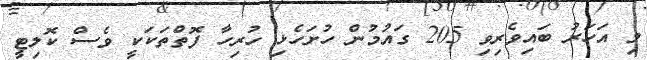
މި އަހަރު ބައިވެރިވި 205 ގައުމުން ހުށަހެޅި ހުރިހާ ފޮތްތަކަކީ ވެސް ކޮލިޓީ